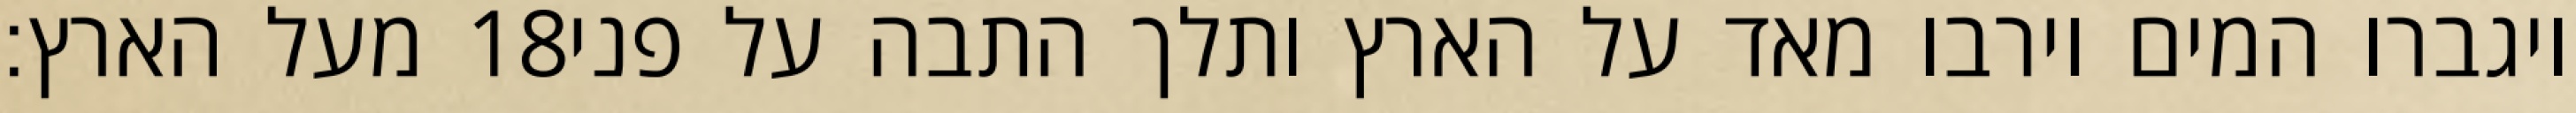
מעל הארץ׃ ‎18‏ ויגברו המים וירבו מאד על הארץ ותלך התבה על פני